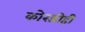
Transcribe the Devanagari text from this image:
कोरडीही